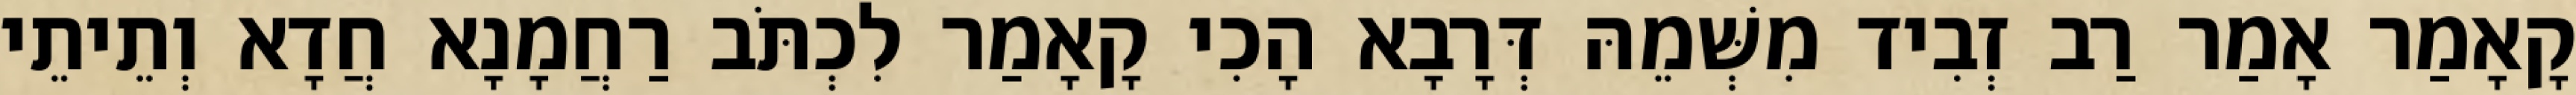
קָאָמַר אָמַר רַב זְבִיד מִשְּׁמֵהּ דְּרָבָא הָכִי קָאָמַר לִכְתֹּב רַחֲמָנָא חֲדָא וְתֵיתֵי